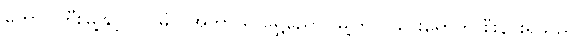
တောင်ကြီးမြို့နှင့် ၁၂ မိုင် အကွာ ရှိ ရွှေညောင်မြို့တွင် သွားရောက် စီးနင်းရသည်။